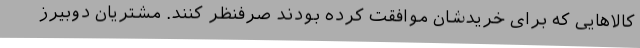
کالاهایی که برای خریدشان موافقت کرده بودند صرفنظر کنند. مشتریان دوبیرز